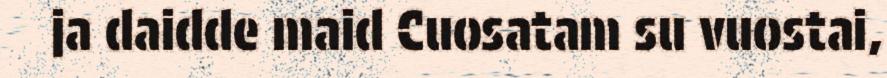
ja daidde maid Cuosatam su vuostai,